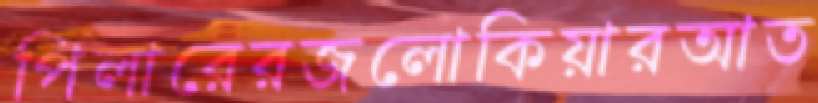
পিলারেরজলোকিয়ারআত